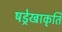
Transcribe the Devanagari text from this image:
षड्रेखाकृति